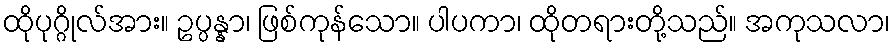
ထိုပုဂ္ဂိုလ်အား။ ဥပ္ပန္နာ၊ ဖြစ်ကုန်သော။ ပါပကာ၊ ထိုတရားတို့သည်။ အကုသလာ၊